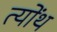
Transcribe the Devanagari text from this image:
त्योंथ